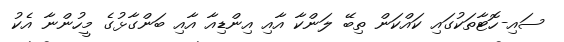
ސައި-ހޮޓާތަކުގައި ކައްކަން ތިބޭ ލަންކާ އާއި އިންޑިއާ އާއި ބަންގާޅުގެ މީހުންނާ އެކު